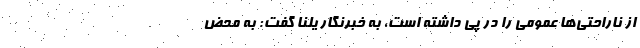
از ناراحتی‌ها عمومی را در پی داشته است، به خبرنگار یلنا گفت: به محض